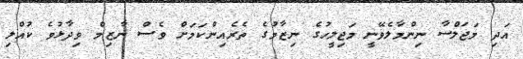
އަދި މަޖަލްސާ ނިންމާލެވޭނީ މަޖިލީހުގެ ނިޒާމުގެ ތެރެއިންކަމަށް ވެސް ނާޒިމް ވިދާޅުވެ ކުއްލި